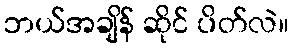
ဘယ်အချိန် ဆိုင် ပိတ်လဲ။